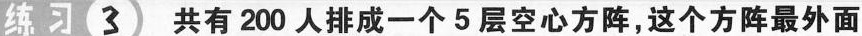
练习3 共有200人排成一个5层空心方阵，这个方阵最外面